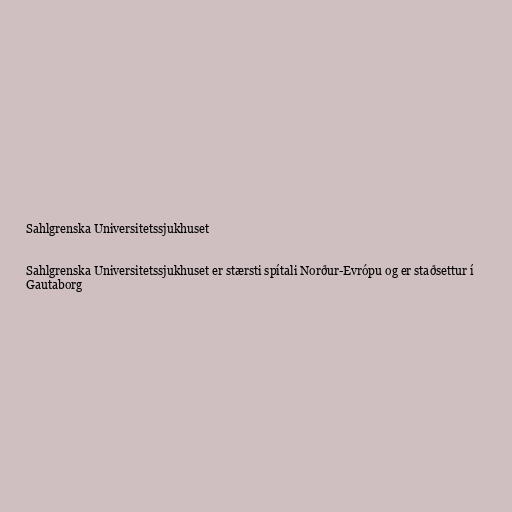
Sahlgrenska Universitetssjukhuset

Sahlgrenska Universitetssjukhuset er stærsti spítali Norður-Evrópu og er staðsettur í
Gautaborg